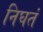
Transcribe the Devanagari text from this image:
निघतं